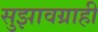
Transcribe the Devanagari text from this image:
सुझावग्राही